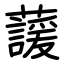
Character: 蘐